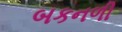
બકનળી